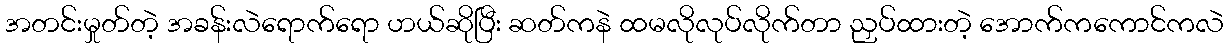
အတင်းမှုတ်တဲ့ အခန်းလဲရောက်ရော ဟယ်ဆိုပြီး ဆတ်ကနဲ ထမလိုလုပ်လိုက်တာ ညှပ်ထားတဲ့ အောက်ကကောင်ကလဲ